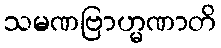
သမဏဗြာဟ္မဏာတိ